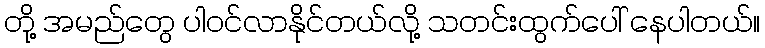
တို့ အမည်တွေ ပါဝင်လာနိုင်တယ်လို့ သတင်းထွက်ပေါ် နေပါတယ်။